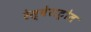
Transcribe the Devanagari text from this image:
रेस्वेराट्रोल